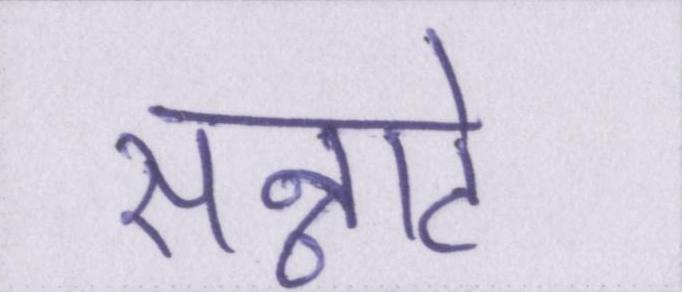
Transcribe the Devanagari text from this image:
सन्नाटे